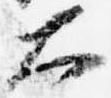
大